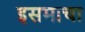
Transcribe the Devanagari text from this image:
इसमाचा